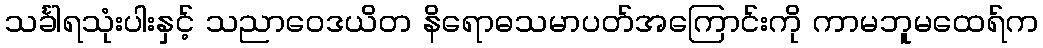
သင်္ခါရသုံးပါးနှင့် သညာဝေဒယိတ နိရောဓသမာပတ်အကြောင်းကို ကာမဘူမထေရ်က